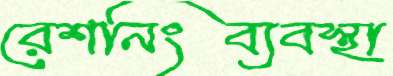
রেশনিংব্যবস্থা